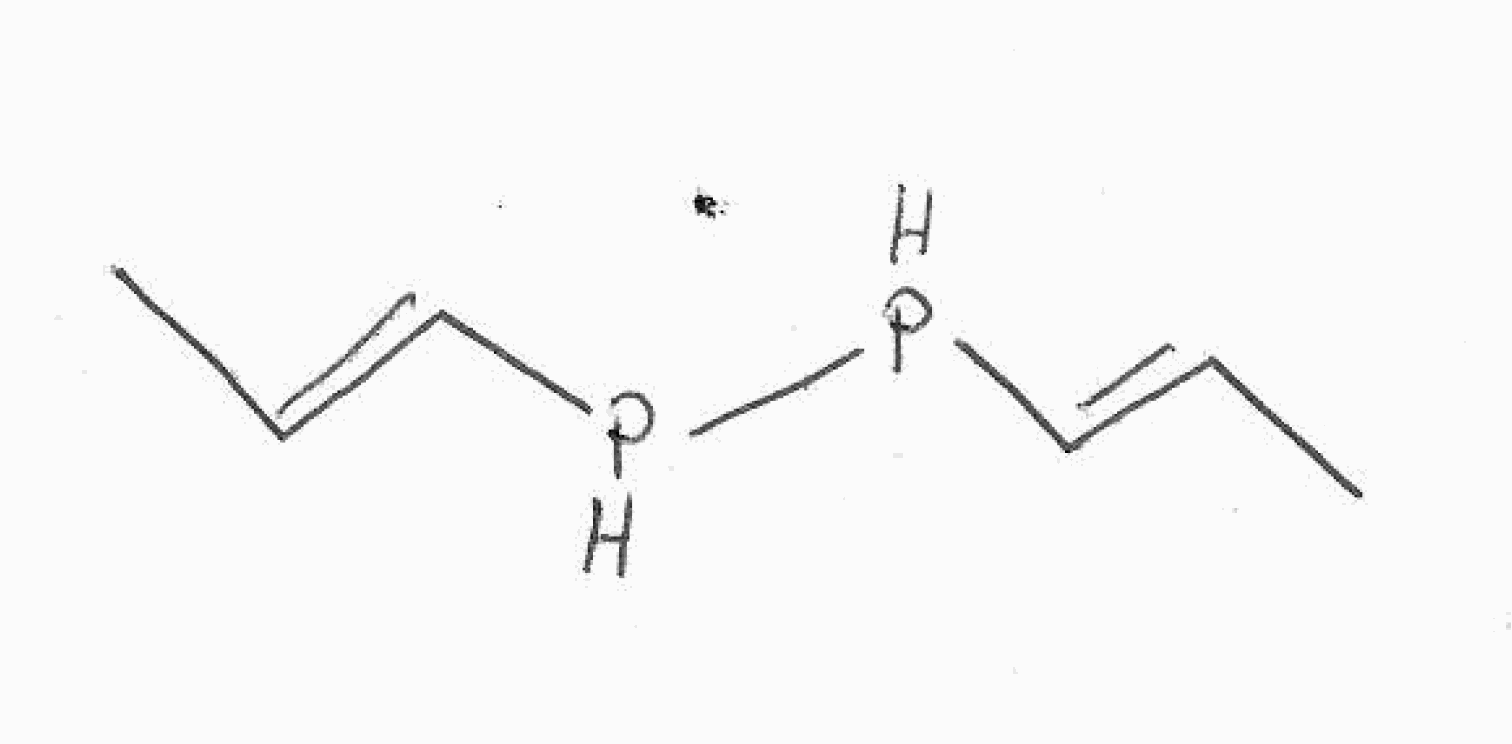
Simplified molecular-input line-entry system (SMILES) notation of the given molecule:
C/C=C/PP/C=C/C